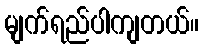
မျက်ရည်ပါကျတယ်။